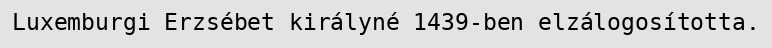
Luxemburgi Erzsébet királyné 1439-ben elzálogosította.